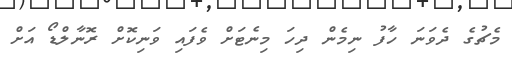
މެޗުގެ ދެވަނަ ހާފު ނިމެން ދިހަ މިނެޓަށް ވެފައި ވަނިކޮށް ރޮނާލްޑޯ އަށް